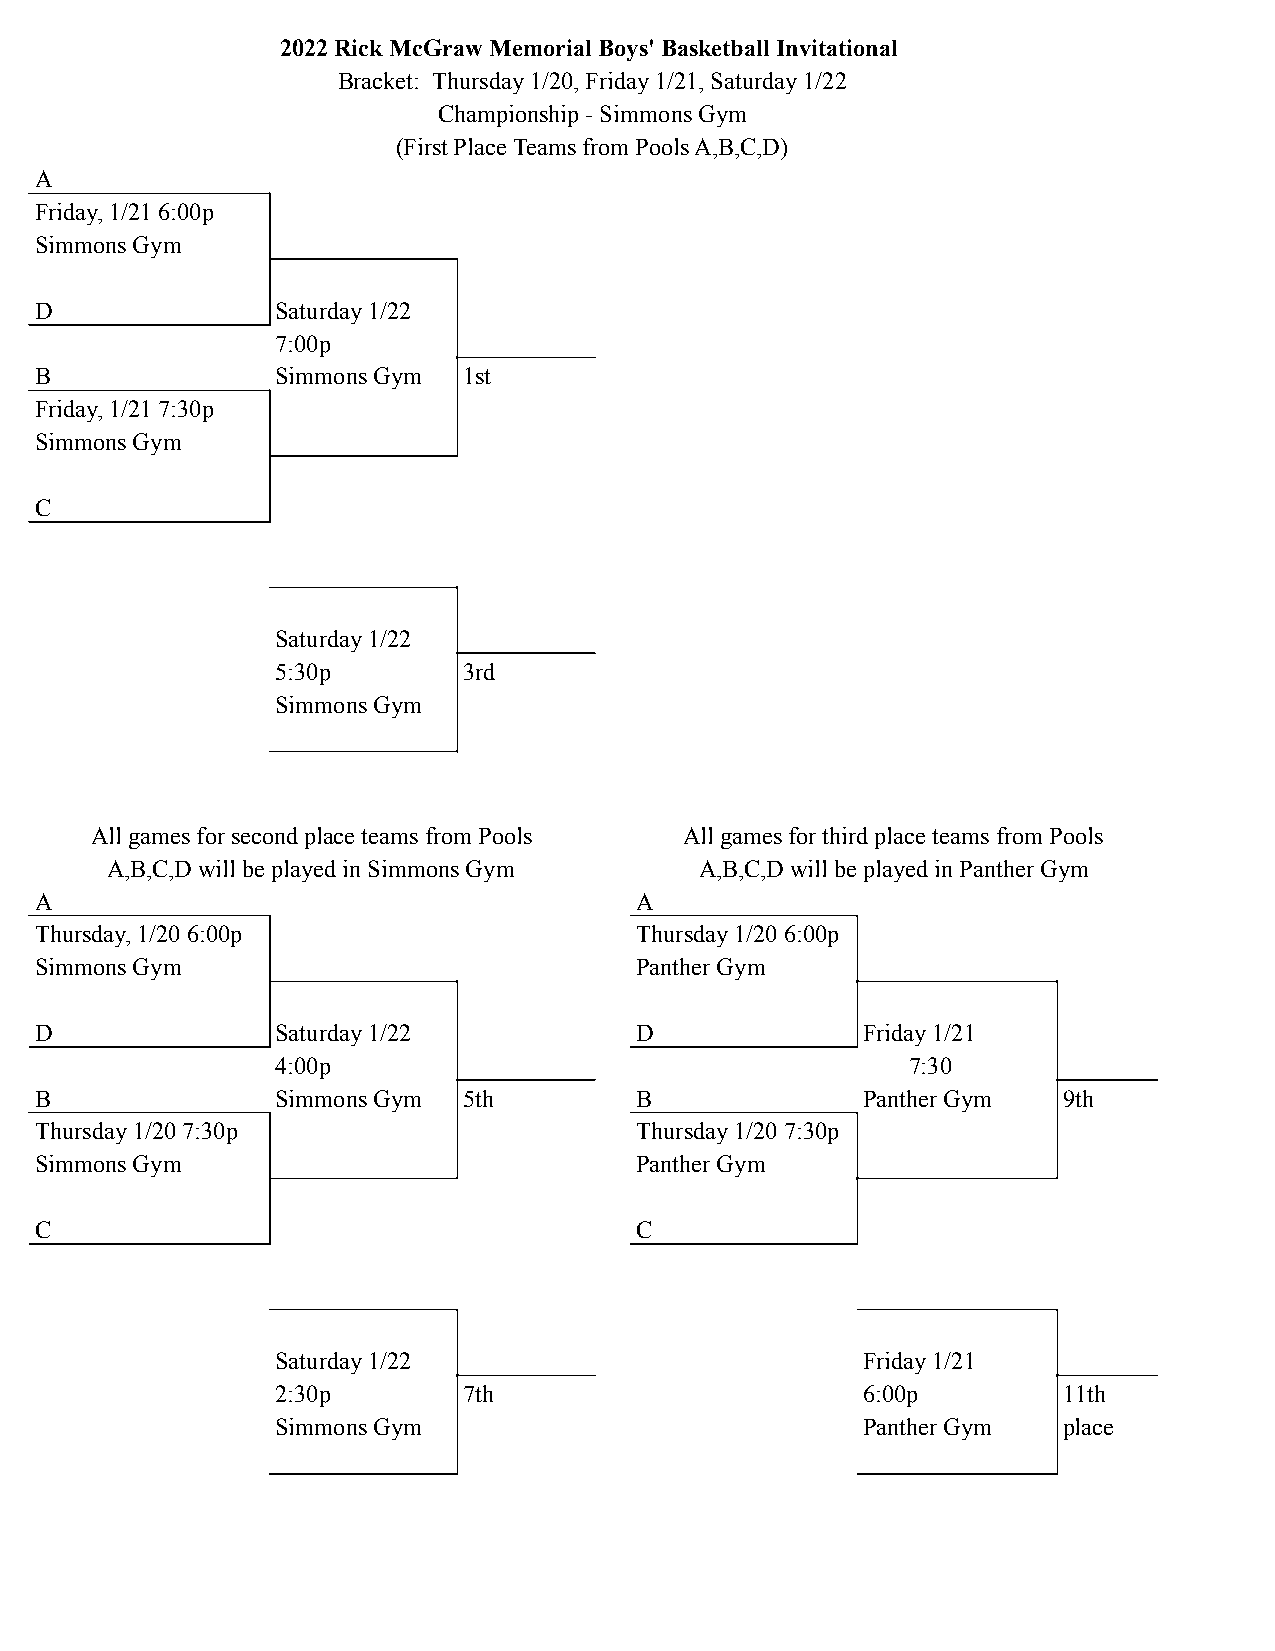
2022 Rick McGraw Memorial Boys' Basketball Invitational
 Bracket: Thursday 1/20, Friday 1/21, Saturday 1/22
 Championship - Simmons Gym
 (First Place Teams from Pools A,B,C,D)
 A
 Friday, 1/21 6:00p
 Simmons Gym
 D               Saturday 1/22
 7:00p
 B               Simmons Gym  1st
 Friday, 1/21 7:30p
 Simmons Gym
 C
 Saturday 1/22
 5:30p        3rd
 Simmons Gym
 All games for second place teams from Pools All games for third place teams from Pools
 A,B,C,D will be played in Simmons Gym  A,B,C,D will be played in Panther Gym
 A                                       A
 Thursday, 1/20 6:00p                    Thursday 1/20 6:00p
 Simmons Gym                             Panther Gym
 D               Saturday 1/22           D              Friday 1/21
 4:00p                                     7:30
 B               Simmons Gym  5th        B              Panther Gym  9th
 Thursday 1/20 7:30p                     Thursday 1/20 7:30p
 Simmons Gym                             Panther Gym
 C                                       C
 Saturday 1/22                          Friday 1/21
 2:30p        7th                       6:00p        11th
 Simmons Gym                            Panther Gym  place